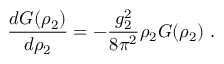
\frac { d G ( \rho _ { 2 } ) } { d \rho _ { 2 } } = - \frac { g _ { 2 } ^ { 2 } } { 8 \pi ^ { 2 } } \rho _ { 2 } G ( \rho _ { 2 } ) ~ .